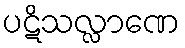
ပဋိသလ္လာဏေ